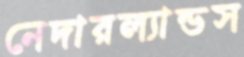
নেদারল্যান্ডস